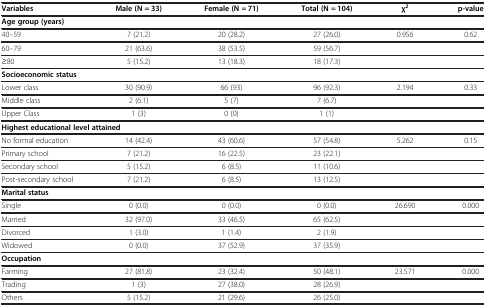
<table><thead><tr><td><b>Variables</b></td><td><b>Male (N = 33)</b></td><td><b>Female (N = 71)</b></td><td><b>Total (N = 104)</b></td><td><b>χ<sup>2</sup></b></td><td><b>p-value</b></td></tr></thead><tbody><tr><td colspan="6"><b>Age group (years)</b></td></tr><tr><td>40–59</td><td>7 (21.2)</td><td>20 (28.2)</td><td>27 (26.0)</td><td>0.956</td><td>0.62</td></tr><tr><td>60–79</td><td>21 (63.6)</td><td>38 (53.5)</td><td>59 (56.7)</td><td> </td><td> </td></tr><tr><td>≥80</td><td>5 (15.2)</td><td>13 (18.3)</td><td>18 (17.3)</td><td> </td><td> </td></tr><tr><td colspan="6"><b>Socioeconomic status</b></td></tr><tr><td>Lower class</td><td>30 (90.9)</td><td>66 (93)</td><td>96 (92.3)</td><td>2.194</td><td>0.33</td></tr><tr><td>Middle class</td><td>2 (6.1)</td><td>5 (7)</td><td>7 (6.7)</td><td> </td><td> </td></tr><tr><td>Upper Class</td><td>1 (3)</td><td>0 (0)</td><td>1 (1)</td><td> </td><td> </td></tr><tr><td colspan="6"><b>Highest educational level attained</b></td></tr><tr><td>No formal education</td><td>14 (42.4)</td><td>43 (60.6)</td><td>57 (54.8)</td><td>5.262</td><td>0.15</td></tr><tr><td>Primary school</td><td>7 (21.2)</td><td>16 (22.5)</td><td>23 (22.1)</td><td> </td><td> </td></tr><tr><td>Secondary school</td><td>5 (15.2)</td><td>6 (8.5)</td><td>11 (10.6)</td><td> </td><td> </td></tr><tr><td>Post-secondary school</td><td>7 (21.2)</td><td>6 (8.5)</td><td>13 (12.5)</td><td> </td><td> </td></tr><tr><td colspan="6"><b>Marital status</b></td></tr><tr><td>Single</td><td>0 (0.0)</td><td>0 (0.0)</td><td>0 (0.0)</td><td>26.690</td><td>0.000</td></tr><tr><td>Married</td><td>32 (97.0)</td><td>33 (46.5)</td><td>65 (62.5)</td><td> </td><td> </td></tr><tr><td>Divorced</td><td>1 (3.0)</td><td>1 (1.4)</td><td>2 (1.9)</td><td> </td><td> </td></tr><tr><td>Widowed</td><td>0 (0.0)</td><td>37 (52.9)</td><td>37 (35.9)</td><td> </td><td> </td></tr><tr><td colspan="6"><b>Occupation</b></td></tr><tr><td>Farming</td><td>27 (81.8)</td><td>23 (32.4)</td><td>50 (48.1)</td><td>23.571</td><td>0.000</td></tr><tr><td>Trading</td><td>1 (3)</td><td>27 (38.0)</td><td>28 (26.9)</td><td> </td><td> </td></tr><tr><td>Others</td><td>5 (15.2)</td><td>21 (29.6)</td><td>26 (25.0)</td><td> </td><td> </td></tr></tbody></table>